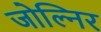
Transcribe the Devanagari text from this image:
जोल्निर